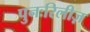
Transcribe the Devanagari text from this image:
पुनःरिलीज़